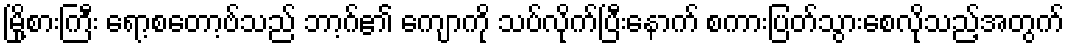
မြို့စားကြီး ရော့စတော့ဗ်သည် ဘာ့ဂ်၏ ကျောကို သပ်လိုက်ပြီးနောက် စကားပြတ်သွားစေလိုသည့်အတွက်